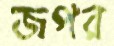
জপর